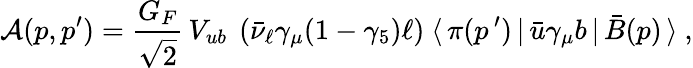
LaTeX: {\mathcal A}(p,p^{\prime})=\frac{G_{F}}{\sqrt{2}}\, V_{ub}\ \left(\bar{\nu}_{\ell}\gamma_{\mu}(1-\gamma_{5})\ell\right)\ \langle\, \pi(p^{\, \prime})\, |\, \bar{u}\gamma_{\mu}b\, |\, \bar{B}(p)\, \rangle\ ,